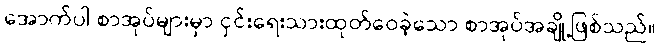
အောက်ပါ စာအုပ်များမှာ ငှင်းရေးသားထုတ်ဝေခဲ့သော စာအုပ်အချို့ဖြစ်သည်။